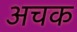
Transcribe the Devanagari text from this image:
अचक